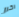
اكرر